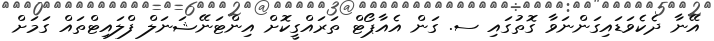
އޭނާ ދެކެވަޑައިގަންނަވާ ގޮތުގައި ސ. ގަން އެއާޕޯޓް ތަރައްގީކޮށް އިންޓަނޭޝަނަލް ފްލައިޓްތައް ގަމަށް